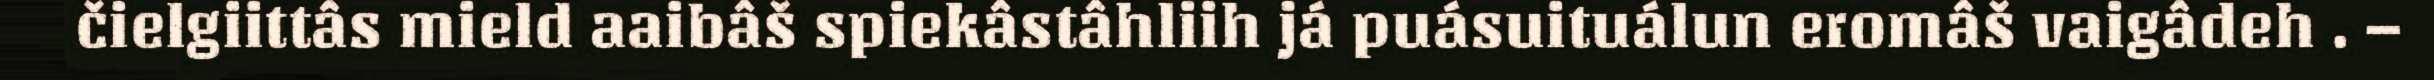
čielgiittâs mield aaibâš spiekâstâhliih já puásuituálun eromâš vaigâdeh . –